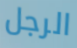
الرجل